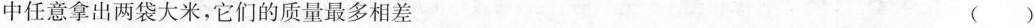
中任意拿出两袋大米，它们的质量最多相差 ()